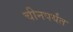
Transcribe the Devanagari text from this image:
चीनपर्यंत